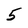
Character: 5